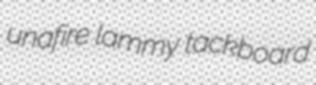
unafire lammy tackboard